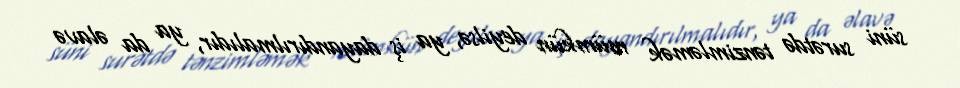
süni surətdə tənzimləmək mümkün deyilsə, ya iş dayandırılmalıdır, ya da əlavə